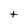
Character: t